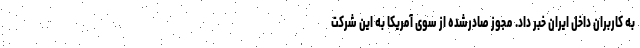
به کاربران داخل ایران خبر داد. مجوز صادرشده از سوی آمریکا به این شرکت